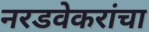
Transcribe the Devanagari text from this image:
नरडवेकरांचा